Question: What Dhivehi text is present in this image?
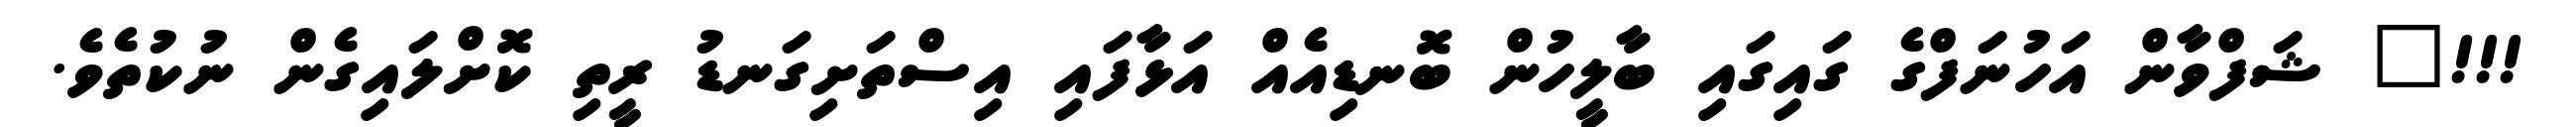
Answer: !!!" ޝަފްވާން އަހުނަފްގެ ގައިގައި ބާލީހުން ބޮނޑިއެއް އަޅާފައި އިސްތަށިގަނޑު ރީތި ކޮށްލައިގެން ނުކުތެވެ.